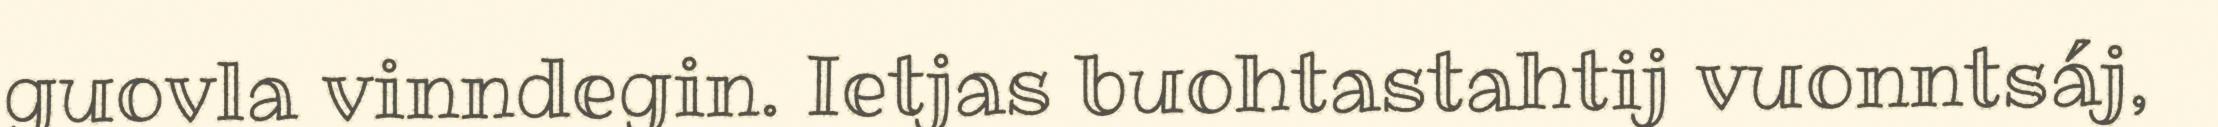
guovla vinndegin. Ietjas buohtastahtij vuonntsáj,